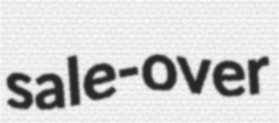
sale-over